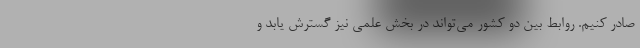
صادر کنیم. روابط بین دو کشور می‌تواند در بخش علمی نیز گسترش یابد و